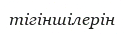
тігіншілерін